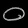
Digit: ၀